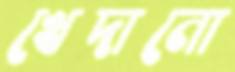
খেদানো